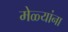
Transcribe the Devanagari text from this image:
मेळ्यांना